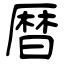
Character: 暦